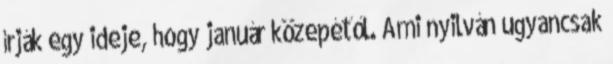
írják egy ideje, hogy január közepétől. Ami nyilván ugyancsak